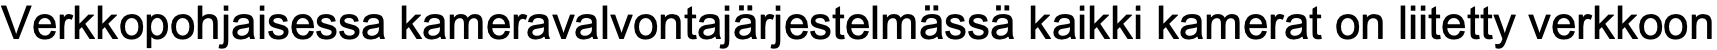
Verkkopohjaisessa kameravalvontajärjestelmässä kaikki kamerat on liitetty verkkoon